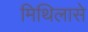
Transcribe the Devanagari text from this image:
मिथिलासे